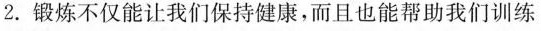
2.锻炼不仅能让我们保持健康,而且也能帮助我们训练